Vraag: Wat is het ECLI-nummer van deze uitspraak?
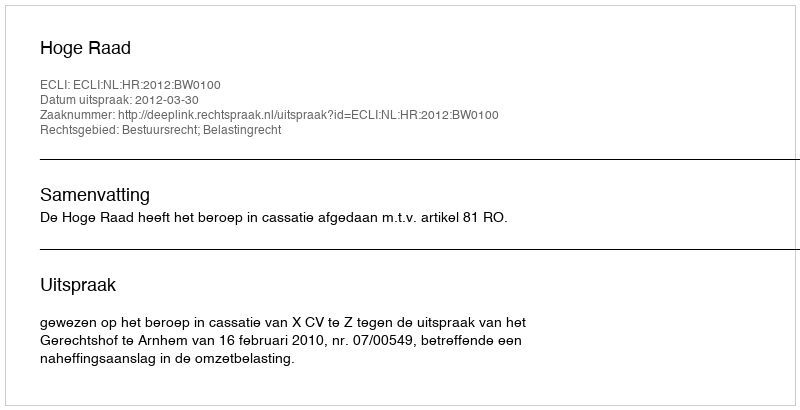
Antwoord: ECLI:NL:HR:2012:BW0100